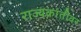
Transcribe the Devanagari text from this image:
राज्यक्रांतीवर